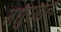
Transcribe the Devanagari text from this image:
मधुरगान